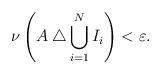
LaTeX: \begin{align*}\nu \left( A \bigtriangleup \bigcup _{i=1} ^N I _i \right) < \varepsilon .\end{align*}